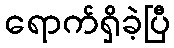
ရောက်ရှိခဲ့ပြီ